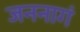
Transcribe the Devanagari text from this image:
जननागं